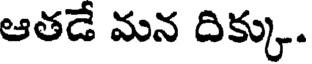
ఆతడే మన దిక్కు.